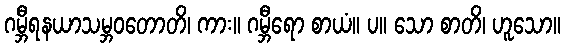
ဂမ္ဘီရနယာသမ္ဘဝတောတိ၊ ကား။ ဂမ္ဘီရော စာယံ။ ပ။ သော စာတိ၊ ဟူသော။